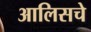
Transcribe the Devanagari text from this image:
आलिसचे